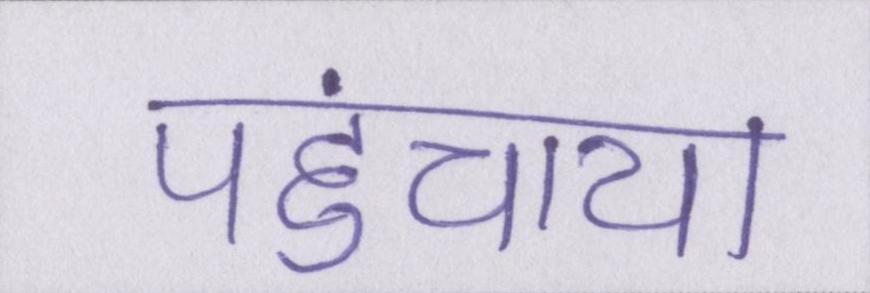
पहुंचाया